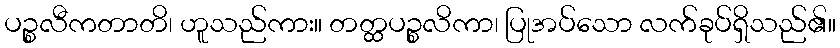
ပဉ္စလီကတာတိ၊ ဟူသည်ကား။ တတ္ထပဉ္စလိကာ၊ ပြုအပ်သော လက်ခုပ်ရှိသည်၏။